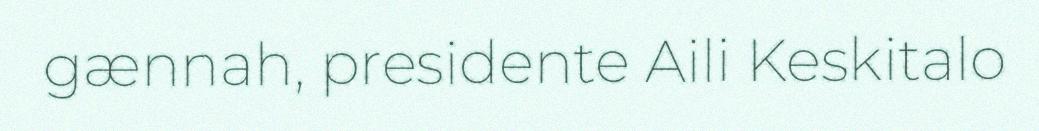
gænnah, presidente Aili Keskitalo